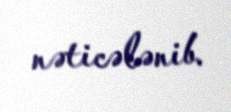
nəticələnib.